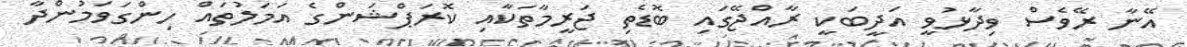
އޭނާ ރޭވެސް ވިދާޅުވީ އަދީބަކީ ރާއްޖޭގައި ބޮޑެތި ޖަރީމާތަކާއި ކޮރަޕްޝަންގެ އަމަލުތައް ހިންގަވަމުންދާ